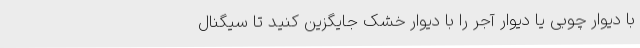
با دیوار چوبی یا دیوار آجر را با دیوار خشک جایگزین کنید تا سیگنال